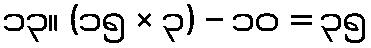
၁၃။ (၁၅ × ၃) - ၁၀ = ၃၅